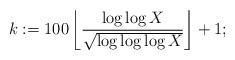
LaTeX: \begin{align*} k := 100 \left\lfloor \frac{\log\log X}{\sqrt{\log\log\log X}} \right\rfloor + 1;\end{align*}